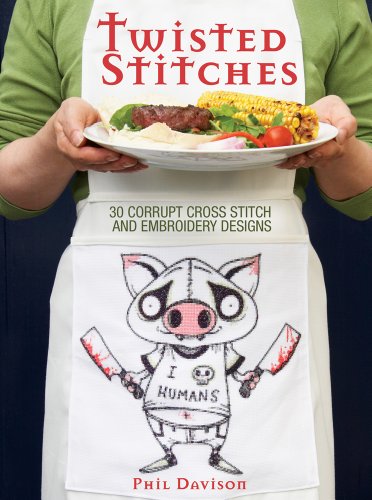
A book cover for Twisted Stitches: 30 Corrupt Cross Stitch and Embroidery Designs; Phil Davison; Crafts, Hobbies & Home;